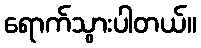
ရောက်သွားပါတယ်။